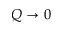
Q \to 0